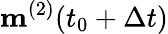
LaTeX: \mathbf{m}^{(2)}(t_{0}+\Delta t)